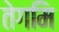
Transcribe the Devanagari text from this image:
तेगमि